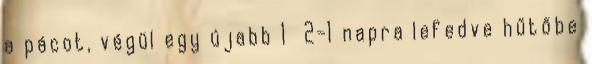
a pácot, végül egy újabb 1 2-1 napra lefedve hűtőbe